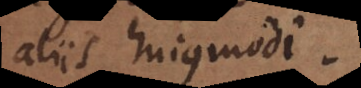
aliis hujusmodi.